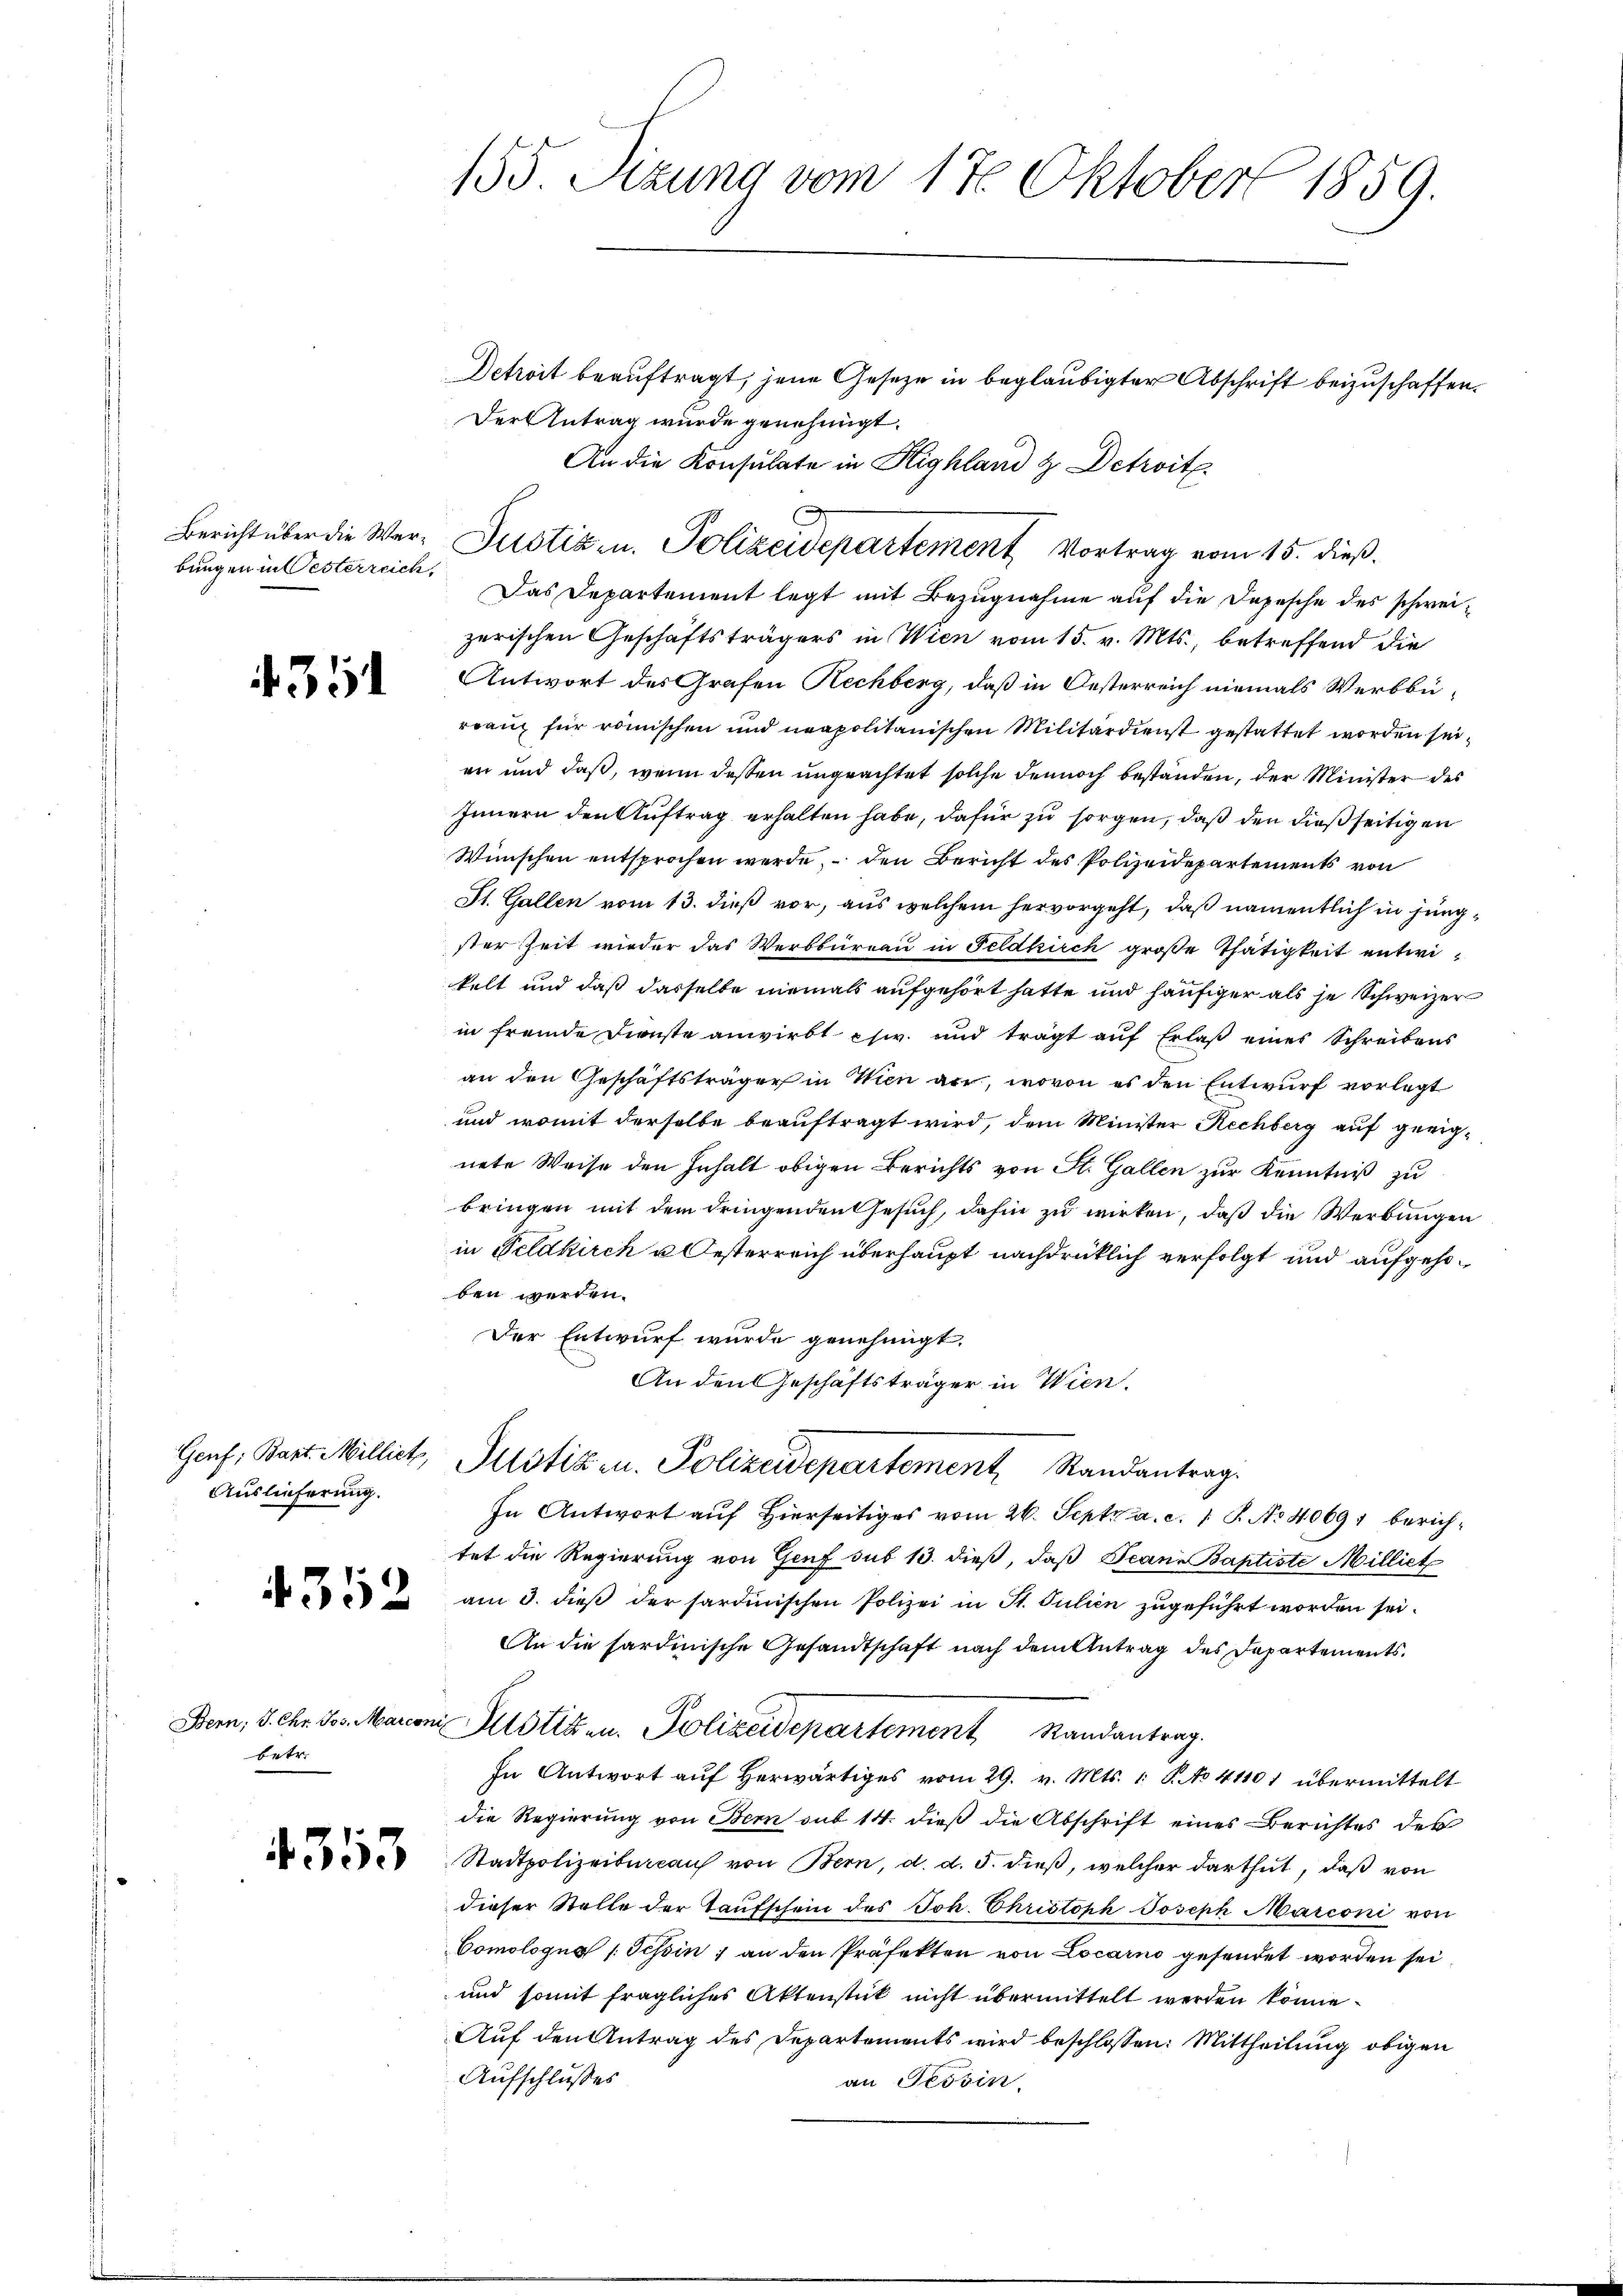
bungen in Oesterreich,

435

Auslieferung.

4352

betr.

4353

155 Sizung vom 17. Oktober 1859.

Detroit beauftragt, jene Gesetze in beglaubigter Abschrift beizuschaffen.
Der Antrag wurde genehmigt.
An die Konsulate in Highland & Detroit
Das Departement legt mit Bezugnahme auf die Depesche des schweizerischen Geschäftsträgers in Wien vom 15. v. Mts., betreffend die
Antwort des Grafen Rechberg, daß in Oesterreich niemals Werbbürranz für römischen und neapolitanischen Militärdienst gestattet worden seien und daß, wenn dessen ungeachtet solche dennoch bestanden, der Minister des
Innern den Auftrag erhalten habe, dafür zu sorgen, daß den dießseitigen
Wünschen entsprochen werde, – den Bericht des Polizeidepartements von
St. Gallen vom 13. dieß vor, aus welchem hervorgeht, daß namentlich in jüngster Zeit wieder das Werbbüreau in Feldkirch große Thätigkeit entwikelt und daß dasselbe niemals aufgehört hatte und häufiger als je Schweizer
in fremde Dienste anwirkt phw. und trägt auf Erlaß eines Schreibens
an den Geschäftsträger in Wien arr, wovon es den Entwurf vorlegt
und womit derselbe beauftragt wird, dem Minister Rechberg auf geeignete Weise den Inhalt obigen Berichts von St. Gallen zur Kenntniß zu
bringen mit dem dringenden Gesuch, dahin zu wirken, daß die Werbungen
in Feldkirch u Oesterreich überhaupt nachdrücklich verfolgt und aufgehoben werden.
Der Entwurf wurde genehmigt.
An den Geschäftsträger in Wien.
Genf, Bart. Milliet, Pustiz u. Polizeidepartement Randantrag.
In Antwort auf Hierseitiges vom 26. Sept. a. c. 1 S. No 40691 berichtet die Regierung von Genf sub 13. dieß, daß Jeann Baptiste Milliet
am 3. dieß der sardinischen Polizei in St. Silien zugeführt worden sei.
An die sardinische Gesandtschaft nach dem Antrag des Departements¬
Bern, V. Chr. Jos. Marconi Mitstitz u. Polizeidepartement Randantrag.
In Antwort auf herwärtiges vom 29. v. Mts. 1. P. No 41101 übermittelt
die Regierung von Bern sub 14. dieß die Abschrift eines Berichtes der
Stadtpolizeibureaus von Bern, d. d. 5. dieß, welcher darthut, daß von
dieser Stelle der Taufschein des Joh. Christoph Joseph Marconi von
Comologus /: Tessin; an den Präfekten von Locarno gesendet worden sei
und somit fragliches Aktenstück nicht übermittelt werden könne.
Auf den Antrag des Departements wird beschlossen: Mittheilung obigen
Aufschlußes
an Tessin.

A
Bericht über die Wer- Justiz- u. Polizeidepartement Vortrag vom 15. dieß.